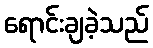
ရောင်းချခဲ့သည်